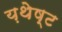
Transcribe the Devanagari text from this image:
य़थेष्ट